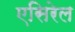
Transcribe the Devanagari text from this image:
एसिरेल